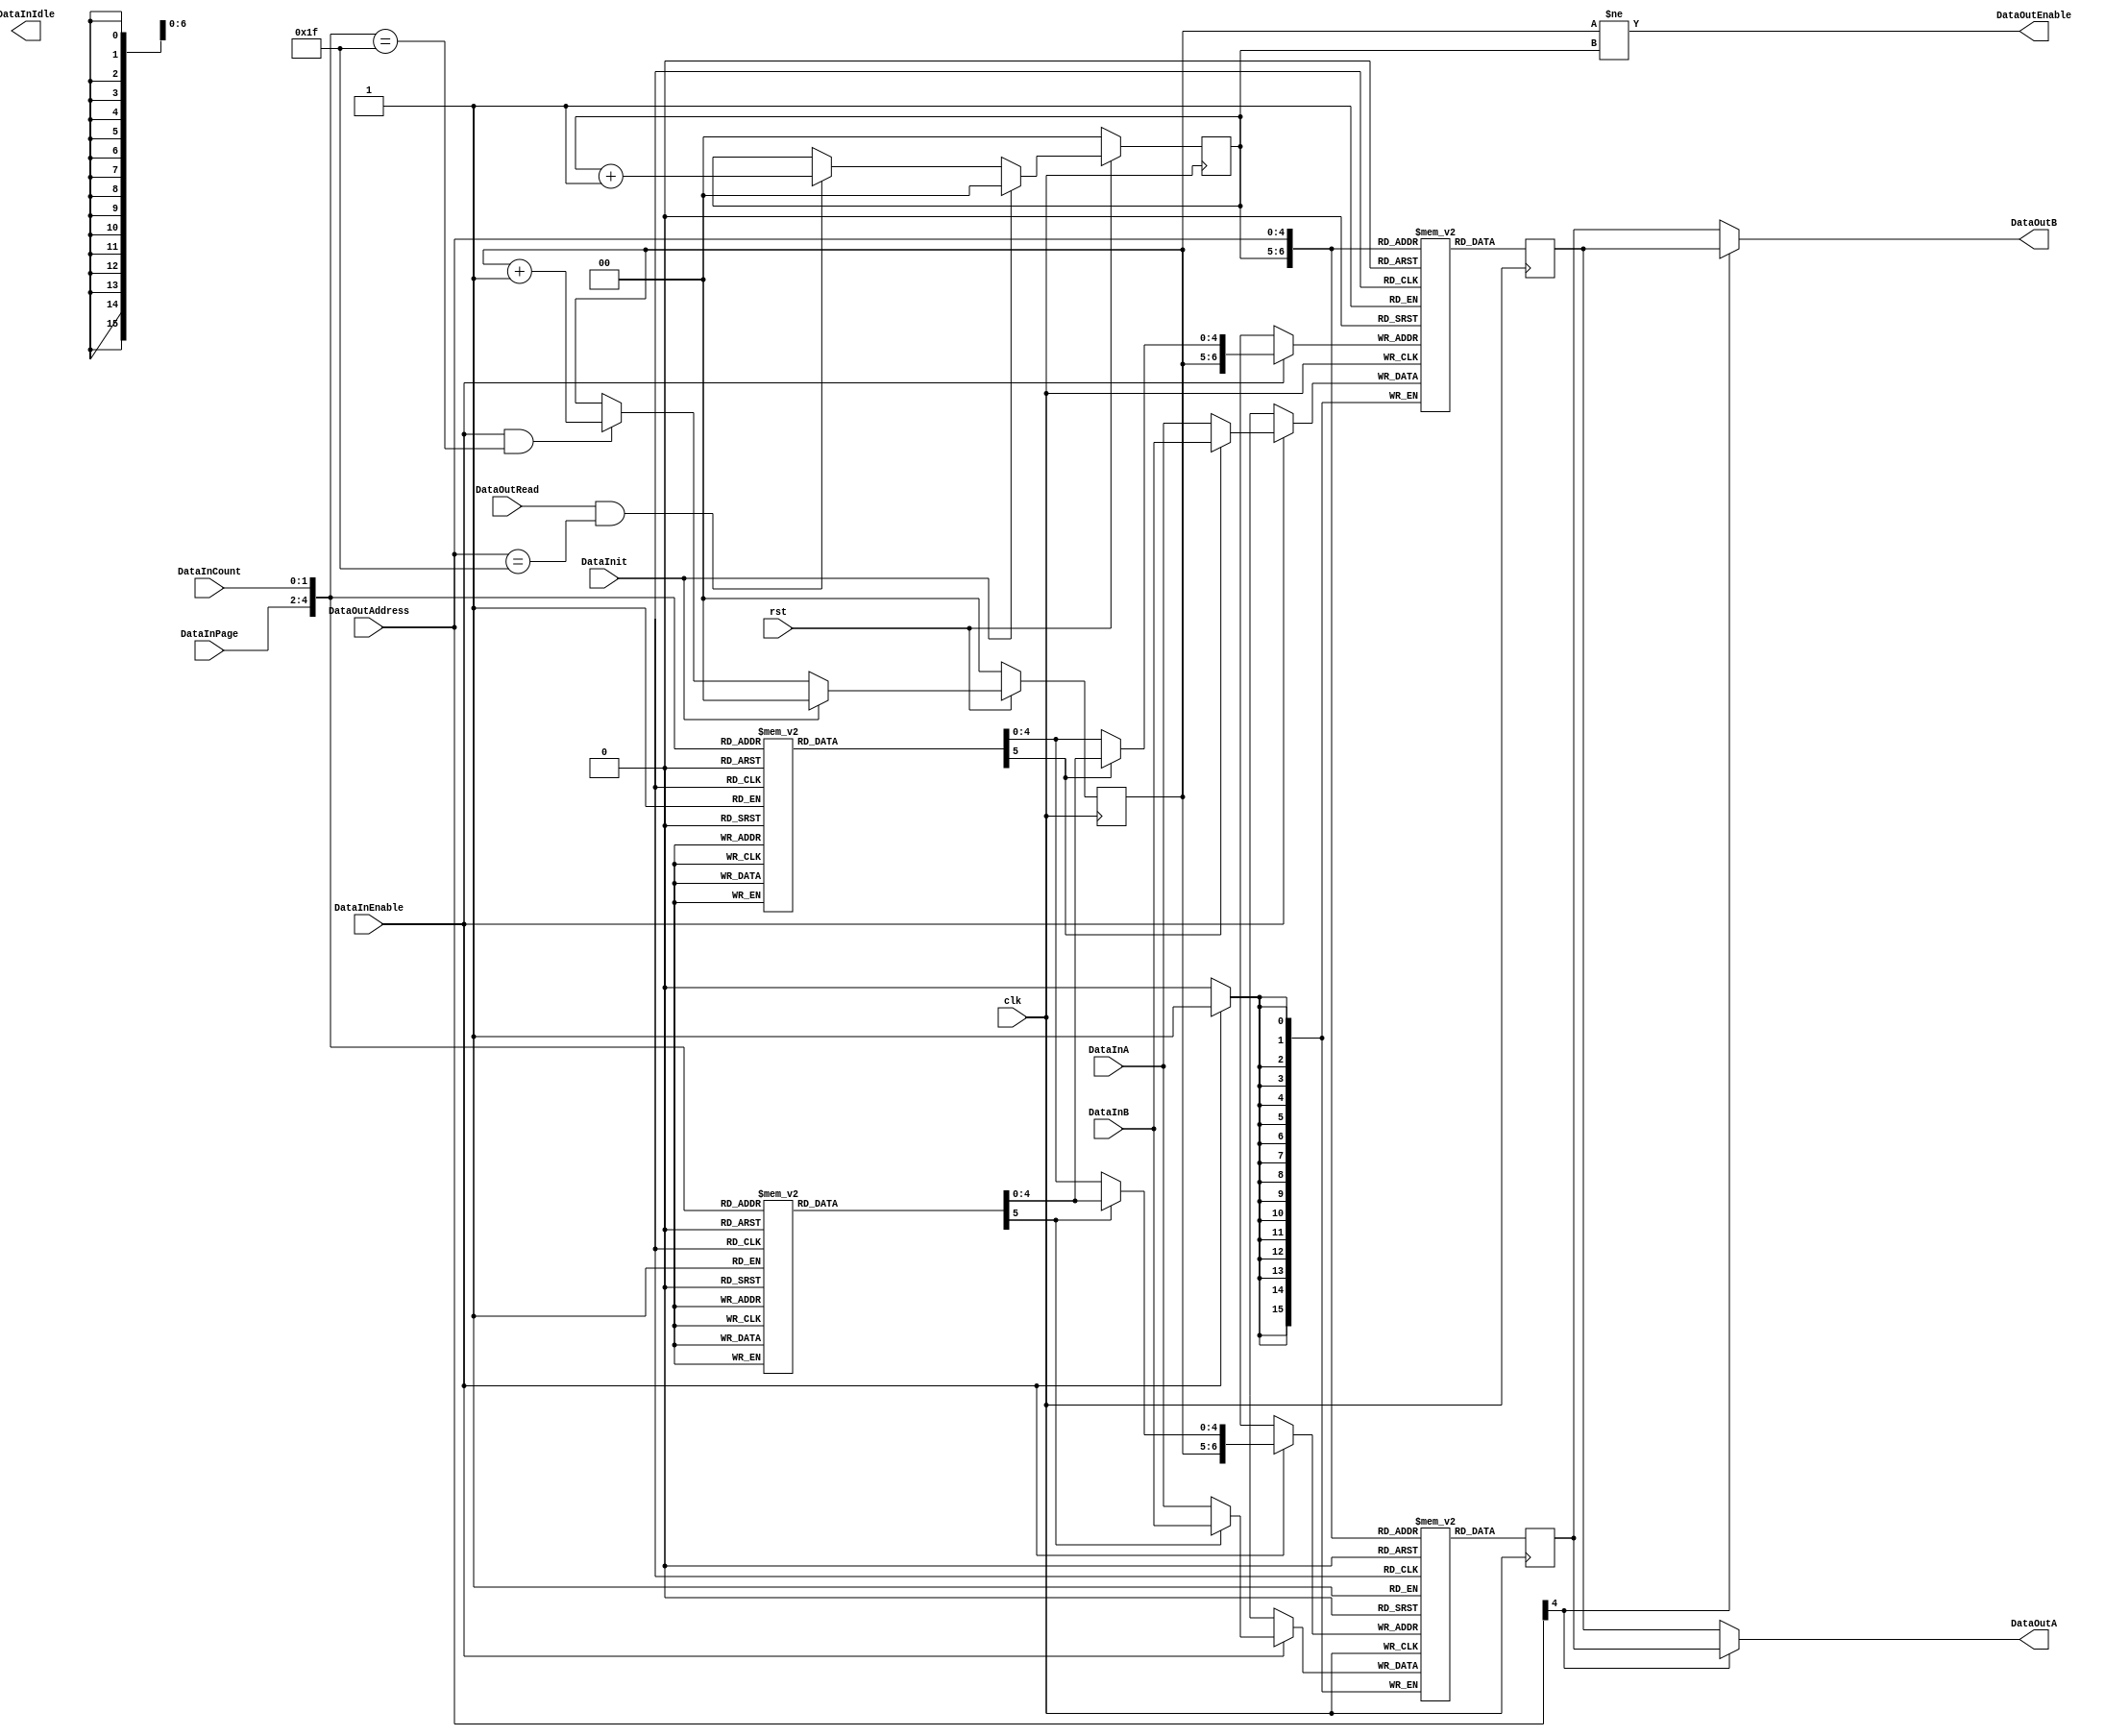
/*
 * Don't remove this header. 
 *
 * Decode JPEG
 *
 * Copyright (C)2006-2015 AQUAXIS TECHNOLOGY.
 * When you use this source, there is a need to inherit this header.
 *
 * License: MIT License
 * License URI: http://github.com/aquaxis/aq_axis_djpeg/LICENSE
 *
 * For further information please contact.
 *	URI:    http://www.aquaxis.com/
 */
module aq_djpeg_idctb(
    input           clk,
    input           rst,

    input           DataInit,

    input           DataInEnable,
    input [2:0]     DataInPage,
    input [1:0]     DataInCount,
    output          DataInIdle,
    input [15:0]    DataInA,
    input [15:0]    DataInB,

    output          DataOutEnable,
    input           DataOutRead,
    input [4:0]     DataOutAddress,
    output [15:0]   DataOutA,
    output [15:0]   DataOutB
);
    wire [4:0]      DataInAddress;
    reg [1:0]       WriteBank, ReadBank;

    assign DataInAddress = {DataInPage, DataInCount};

    // Bank
    always @(posedge clk ) begin
        if(!rst) begin
            WriteBank <= 2'd0;
            ReadBank <= 2'd0;
        end else begin
            if(DataInit) begin
                WriteBank <= 2'd0;
            end else if(DataInEnable && (DataInAddress == 5'h1F)) begin
                WriteBank <= WriteBank + 2'd1;
            end
            if(DataInit) begin
                ReadBank <= 2'd0;
            end else if(DataOutRead && (DataOutAddress == 5'h1F)) begin
                ReadBank <= ReadBank + 2'd1;
            end
        end
    end

    wire [5:0]  WriteQueryA, WriteQueryB;

    // Make a Write Address
    function [5:0] F_WriteQueryA;
        input [4:0] Count;
        case(Count)
            5'd0:  F_WriteQueryA = {1'd0, 5'd0};    // 0
            5'd1:  F_WriteQueryA = {1'd0, 5'd4};    // 1
            5'd2:  F_WriteQueryA = {1'd0, 5'd8};    // 2
            5'd3:  F_WriteQueryA = {1'd0, 5'd12};   // 3
            5'd4:  F_WriteQueryA = {1'd0, 5'd2};    // 8
            5'd5:  F_WriteQueryA = {1'd0, 5'd6};    // 9
            5'd6:  F_WriteQueryA = {1'd0, 5'd10};   // 10
            5'd7:  F_WriteQueryA = {1'd0, 5'd14};   // 11
            5'd8:  F_WriteQueryA = {1'd0, 5'd1};    // 16
            5'd9:  F_WriteQueryA = {1'd0, 5'd5};    // 17
            5'd10: F_WriteQueryA = {1'd0, 5'd9};    // 18
            5'd11: F_WriteQueryA = {1'd0, 5'd13};   // 19
            5'd12: F_WriteQueryA = {1'd1, 5'd3};    // 24
            5'd13: F_WriteQueryA = {1'd1, 5'd7};    // 25
            5'd14: F_WriteQueryA = {1'd1, 5'd11};   // 26
            5'd15: F_WriteQueryA = {1'd1, 5'd15};   // 27
            5'd16: F_WriteQueryA = {1'd1, 5'd0};    // 32
            5'd17: F_WriteQueryA = {1'd1, 5'd4};    // 33
            5'd18: F_WriteQueryA = {1'd1, 5'd8};    // 34
            5'd19: F_WriteQueryA = {1'd1, 5'd12};   // 35
            5'd20: F_WriteQueryA = {1'd0, 5'd3};    // 40
            5'd21: F_WriteQueryA = {1'd0, 5'd7};    // 41
            5'd22: F_WriteQueryA = {1'd0, 5'd11};   // 42
            5'd23: F_WriteQueryA = {1'd0, 5'd15};   // 43
            5'd24: F_WriteQueryA = {1'd1, 5'd1};    // 48
            5'd25: F_WriteQueryA = {1'd1, 5'd5};    // 49
            5'd26: F_WriteQueryA = {1'd1, 5'd9};    // 50
            5'd27: F_WriteQueryA = {1'd1, 5'd13};   // 51
            5'd28: F_WriteQueryA = {1'd1, 5'd2};    // 56
            5'd29: F_WriteQueryA = {1'd1, 5'd6};    // 57
            5'd30: F_WriteQueryA = {1'd1, 5'd10};   // 58
            5'd31: F_WriteQueryA = {1'd1, 5'd14};   // 59
        endcase
    endfunction

    function [5:0] F_WriteQueryB;
        input [4:0] Count;
        case(Count)
            5'd0:  F_WriteQueryB = {1'd1, 5'd28};   // 7
            5'd1:  F_WriteQueryB = {1'd1, 5'd24};   // 6
            5'd2:  F_WriteQueryB = {1'd1, 5'd20};   // 5
            5'd3:  F_WriteQueryB = {1'd1, 5'd16};   // 4
            5'd4:  F_WriteQueryB = {1'd1, 5'd30};   // 15
            5'd5:  F_WriteQueryB = {1'd1, 5'd26};   // 14
            5'd6:  F_WriteQueryB = {1'd1, 5'd22};   // 13
            5'd7:  F_WriteQueryB = {1'd1, 5'd18};   // 12
            5'd8:  F_WriteQueryB = {1'd1, 5'd29};   // 23
            5'd9:  F_WriteQueryB = {1'd1, 5'd25};   // 22
            5'd10: F_WriteQueryB = {1'd1, 5'd21};   // 21
            5'd11: F_WriteQueryB = {1'd1, 5'd17};   // 20
            5'd12: F_WriteQueryB = {1'd0, 5'd31};   // 31
            5'd13: F_WriteQueryB = {1'd0, 5'd27};   // 30
            5'd14: F_WriteQueryB = {1'd0, 5'd23};   // 29
            5'd15: F_WriteQueryB = {1'd0, 5'd19};   // 28
            5'd16: F_WriteQueryB = {1'd0, 5'd28};   // 39
            5'd17: F_WriteQueryB = {1'd0, 5'd24};   // 38
            5'd18: F_WriteQueryB = {1'd0, 5'd20};   // 37
            5'd19: F_WriteQueryB = {1'd0, 5'd16};   // 36
            5'd20: F_WriteQueryB = {1'd1, 5'd31};   // 47
            5'd21: F_WriteQueryB = {1'd1, 5'd27};   // 46
            5'd22: F_WriteQueryB = {1'd1, 5'd23};   // 45
            5'd23: F_WriteQueryB = {1'd1, 5'd19};   // 44
            5'd24: F_WriteQueryB = {1'd0, 5'd29};   // 55
            5'd25: F_WriteQueryB = {1'd0, 5'd25};   // 54
            5'd26: F_WriteQueryB = {1'd0, 5'd21};   // 53
            5'd27: F_WriteQueryB = {1'd0, 5'd17};   // 52
            5'd28: F_WriteQueryB = {1'd0, 5'd30};   // 63
            5'd29: F_WriteQueryB = {1'd0, 5'd26};   // 62
            5'd30: F_WriteQueryB = {1'd0, 5'd22};   // 61
            5'd31: F_WriteQueryB = {1'd0, 5'd18};   // 60
        endcase
    endfunction

    assign WriteQueryA = F_WriteQueryA(DataInAddress);
    assign WriteQueryB = F_WriteQueryB(DataInAddress);

    // RAM(16bit x 32word x 2Bank)
    reg [15:0]  MemoryA  [0:127];
    reg [15:0]  MemoryB  [0:127];

    wire [6:0]  WriteAddressA, WriteAddressB;
    wire [15:0] WriteDataA, WriteDataB;

    assign WriteAddressA = {WriteBank, (WriteQueryA[5])?WriteQueryB[4:0]:WriteQueryA[4:0]};
    assign WriteAddressB = {WriteBank, (WriteQueryB[5])?WriteQueryB[4:0]:WriteQueryA[4:0]};

    assign WriteDataA = (WriteQueryA[5])?DataInB:DataInA;
    assign WriteDataB = (WriteQueryB[5])?DataInB:DataInA;

    // Port A(Write Only)
    always @(posedge clk) begin
        if(DataInEnable) MemoryA[WriteAddressA] <= WriteDataA;
        if(DataInEnable) MemoryB[WriteAddressB] <= WriteDataB;
    end

    reg [15:0]  RegMemoryA, RegMemoryB;

    // Port B(Read/Wirte)
    always @(posedge clk) begin
        RegMemoryA <= MemoryA[{ReadBank, DataOutAddress}];
        RegMemoryB <= MemoryB[{ReadBank, DataOutAddress}];
    end

    assign DataOutEnable    = (WriteBank != ReadBank);
    assign DataOutA         = (DataOutAddress[4])?RegMemoryB:RegMemoryA;
    assign DataOutB         = (DataOutAddress[4])?RegMemoryA:RegMemoryB;

endmodule